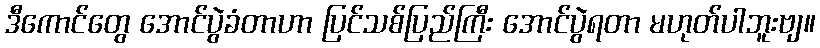
ဒီကောင်တွေ အောင်ပွဲခံတာဟာ ပြင်သစ်ပြည်ကြီး အောင်ပွဲရတာ မဟုတ်ပါဘူးဗျ။